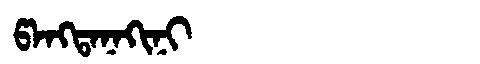
Manchu: ᡦᠠᠩᡨᠠᠨᠠᡴᡳᠨᡳ
Romanization: PANGTANAKINI